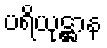
ပရိယုဋ္ဌာန